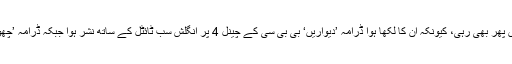
اگرچہ یہ ناول جرمن زبان میں ترجمہ نہیں ہوسکا مگر اس کے باوجود شہرت تو ان کے حصے میں پھر بھی رہی، کیونکہ ان کا لکھا ہوا ڈرامہ ’دیواریں‘ بی بی سی کے چینل 4 پر انگلش سب ٹائٹل کے ساتھ نشر ہوا جبکہ ڈرامہ ’چھوٹی سے دنیا‘ پر جرمن ڈاکٹر ہیلنی باسو نے جرمن زبان میں برلن یونیورسٹی میں تھیسز بھی لکھی۔